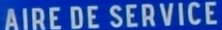
AIRE DE SERVICE